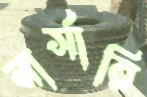
নার্সারি